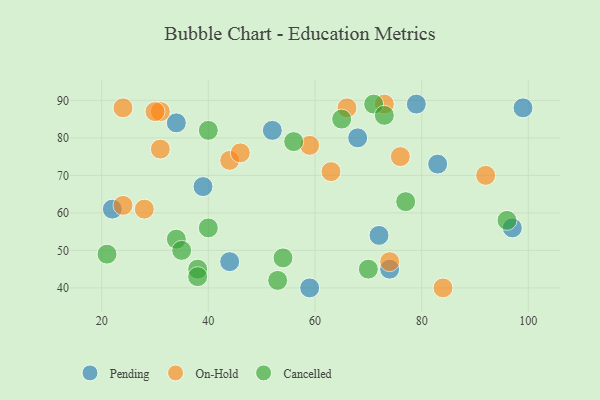
{"axis": {"x": "GDP", "y": "Life Expectancy"}, "legend": ["Cancelled", "On-Hold", "Pending"], "data": [{"x": "22", "y": 61, "type": "Pending"}, {"x": "97", "y": 56, "type": "Pending"}, {"x": "59", "y": 40, "type": "Pending"}, {"x": "72", "y": 54, "type": "Pending"}, {"x": "52", "y": 82, "type": "Pending"}, {"x": "34", "y": 84, "type": "Pending"}, {"x": "83", "y": 73, "type": "Pending"}, {"x": "79", "y": 89, "type": "Pending"}, {"x": "99", "y": 88, "type": "Pending"}, {"x": "68", "y": 80, "type": "Pending"}, {"x": "39", "y": 67, "type": "Pending"}, {"x": "44", "y": 47, "type": "Pending"}, {"x": "74", "y": 45, "type": "Pending"}, {"x": "28", "y": 61, "type": "On-Hold"}, {"x": "92", "y": 70, "type": "On-Hold"}, {"x": "24", "y": 88, "type": "On-Hold"}, {"x": "44", "y": 74, "type": "On-Hold"}, {"x": "76", "y": 75, "type": "On-Hold"}, {"x": "31", "y": 87, "type": "On-Hold"}, {"x": "59", "y": 78, "type": "On-Hold"}, {"x": "30", "y": 87, "type": "On-Hold"}, {"x": "31", "y": 77, "type": "On-Hold"}, {"x": "84", "y": 40, "type": "On-Hold"}, {"x": "63", "y": 71, "type": "On-Hold"}, {"x": "46", "y": 76, "type": "On-Hold"}, {"x": "24", "y": 62, "type": "On-Hold"}, {"x": "74", "y": 47, "type": "On-Hold"}, {"x": "73", "y": 89, "type": "On-Hold"}, {"x": "66", "y": 88, "type": "On-Hold"}, {"x": "34", "y": 53, "type": "Cancelled"}, {"x": "71", "y": 89, "type": "Cancelled"}, {"x": "40", "y": 82, "type": "Cancelled"}, {"x": "70", "y": 45, "type": "Cancelled"}, {"x": "65", "y": 85, "type": "Cancelled"}, {"x": "38", "y": 45, "type": "Cancelled"}, {"x": "96", "y": 58, "type": "Cancelled"}, {"x": "77", "y": 63, "type": "Cancelled"}, {"x": "54", "y": 48, "type": "Cancelled"}, {"x": "21", "y": 49, "type": "Cancelled"}, {"x": "73", "y": 86, "type": "Cancelled"}, {"x": "35", "y": 50, "type": "Cancelled"}, {"x": "38", "y": 43, "type": "Cancelled"}, {"x": "53", "y": 42, "type": "Cancelled"}, {"x": "40", "y": 56, "type": "Cancelled"}, {"x": "56", "y": 79, "type": "Cancelled"}]}